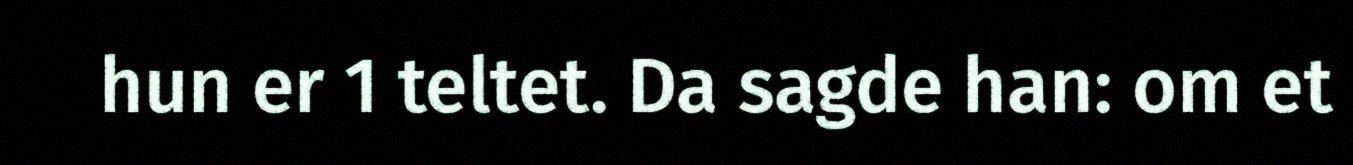
hun er 1 teltet. Da sagde han: om et